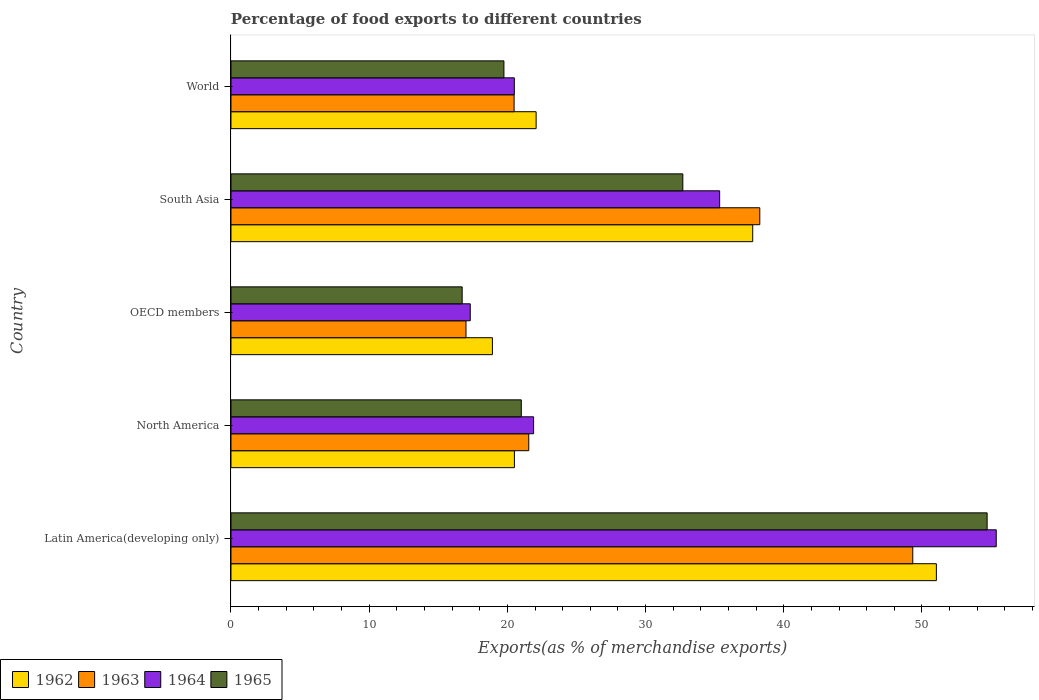
| Country | 1962 | 1963 | 1964 | 1965 |
 | --- | --- | --- | --- | --- |
 | Latin America(developing only) | 51 | 49.3 | 55.4 | 54.7 |
 | North America | 20.5 | 21.5 | 21.9 | 21 |
 | OECD members | 18.9 | 17 | 17.3 | 16.7 |
 | South Asia | 37.8 | 38.3 | 35.4 | 32.7 |
 | World | 22.1 | 20.5 | 20.5 | 19.8 |